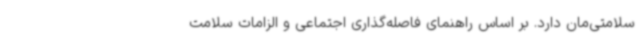
سلامتی‌مان دارد. بر اساس راهنمای فاصله‌گذاری اجتماعی و الزامات سلامت